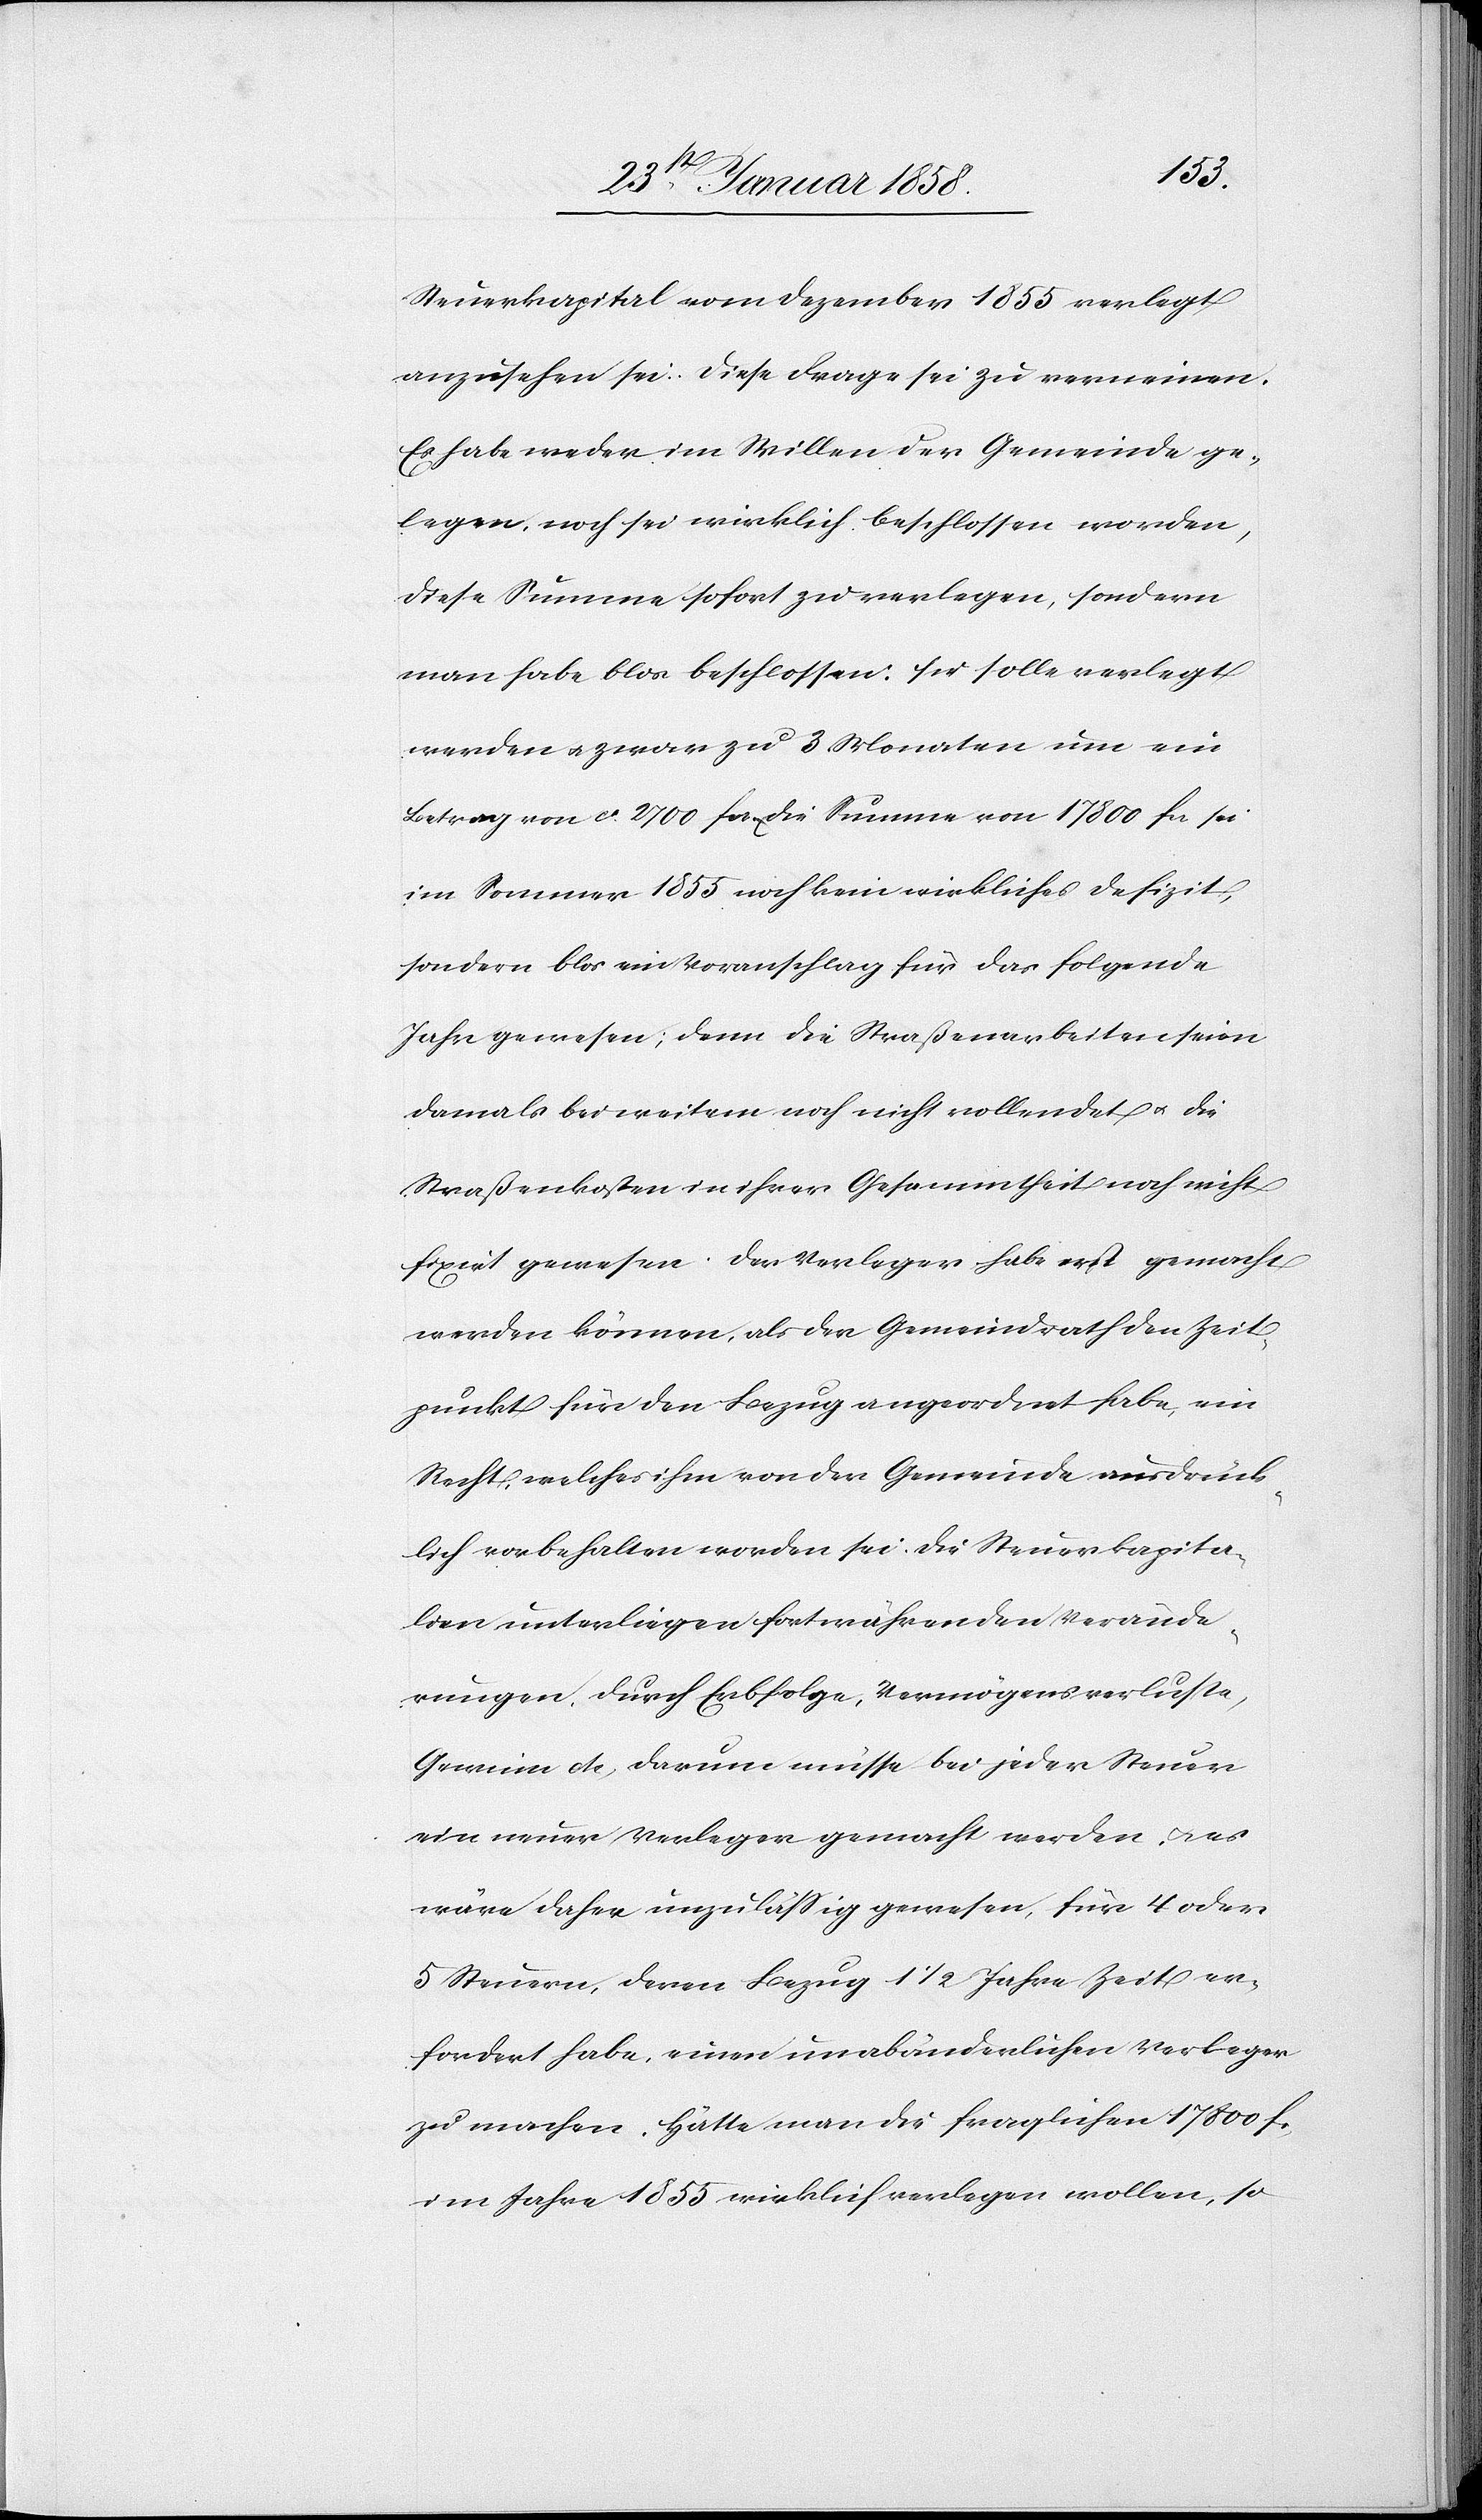
Steuerkapital vom Dezember 1855 verlegt
anzusehen sei. Diese Frage sei zu verneinen.
Es habe weder im Willen der Gemeinde ge¬
legen, noch sei wirklich beschlossen worden,
diese Summe sofort zu verlegen, sondern
man habe blos beschlossen: sie solle verlegt
werden u. zwar zu 3 Monaten um ein
Betrag von ca 2700 fcs. Die Summe von 17 800 fcs sei
im Sommer 1855 noch kein wirkliches Defizit,
sondern blos ein Voranschlag für das folgende
Jahr gewesen; denn die Straßenarbeiten seien
damals bei weitem noch nicht vollendet u. die
Straßenkosten in ihrer Gesammtheit noch nicht
fixirt gewesen. Der Verleger habe erst gemacht
werden können, als der Gemeindrath den Zeit¬
punkt für den Bezug angeordnet habe, ein
Recht, welches ihm von der Gemeinde ausdrück¬
lich vorbehalten worden sei. Die Steuerkapita¬
lien unterliegen fortwährenden Verände¬
rungen durch Erbfolge, Vermögensverluste,
Gewinn etc, darum müsse bei jeder Steuer
ein neuer Verleger gemacht werden u. es
wäre daher unzulässig gewesen, für 4 oder
5 Steuern, deren Bezug 1 ½ Jahre Zeit er¬
fordert habe, einen unabänderlichen Verleger
zu machen. Hätte man die fraglichen 17 800 fcs,
im Jahre 1855 wirklich verlegen wollen, so